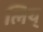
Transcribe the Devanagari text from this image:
लिय्